Report of the Indian Hemp Drugs Commission, 1894-1895 - Volume III
Year: 1894
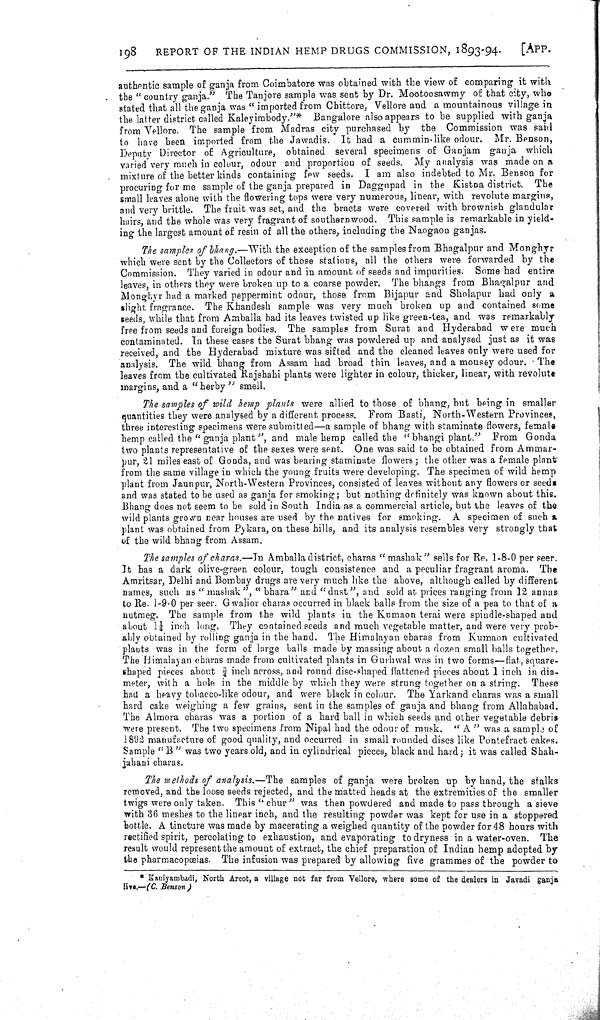
198
REPORT OF THE INDIAN HEMP DRUGS COMMISSION, 1893-94.
[APP.
authentic sample of ganja from Coimbatore was obtained with the view of comparing, it with
the " country ganja." The Tanjore sample was sent by Dr. Mootoosawmy of that city, who
stated that all the ganja was " imported from Chittore, Vellore and a mountainous village in
the latter district called Kaleyimbody."* Bangalore also appears to be supplied with ganja
from Vellore. The sample from Madras city purchased by the Commission was said
to have been imported from the Jawadis. It had a cummin-like odour. Mr. Benson,
Deputy Director of Agriculture, obtained several specimens of Ganjam ganja which
varied very much in colour, odour and proportion of seeds. My analysis was made on a
mixture of the better kinds containing few seeds. I am also indebted to Mr. Benson for
procuring for me sample of the ganja prepared in Daggupad in the Kistna district. The
small leaves alone with the flowering tops were very numerous, linear, with revolute margins,
and very brittle. The fruit was set, and the bracts were covered with brownish glandular
hairs, and the whole was very fragrant of southernwood. This sample is remarkable in yield-
ing the largest amount of resin of all the others, including the Naogaon ganjas.
The samples of bhang.-With the exception of the samples from Bhagalpur and Monghyr
which were sent by the Collectors of those stations, all the others were forwarded by the
Commission. They varied in odour and in amount of seeds and impurities. Some had entire
leaves, in others they were broken up to a coarse powder. The bhangs from Bhagalpur and
Monghyr had a marked peppermint odour, those from Bijapur and Sholapur had only a
slight fragrance. The Khandesh sample was very much broken up and contained some
seeds, while that from Amballa had its leaves twisted up like green-tea, and was remarkably
free from seeds and foreign bodies. The samples from Surat and Hyderabad were much
contaminated. In these cases the Surat bhang was powdered up and analysed just as it was
received, and the Hyderabad mixture was sifted and the cleaned leaves only were used for
analysis. The wild bhang from Assam had broad thin leaves, and a mousey odour. The
leaves from the cultivated Rajshahi plants were lighter in colour, thicker, linear, with revolute
margins, and a "herby" smell.
The samples of wild hemp plants were allied to those of bhang, but being in smaller
quantities they were analysed by a different process. From Basti, North-Western Provinces,
three interesting specimens were submitted-a sample of bhang with staminate flowers, female
hemp called the " ganja plant", and male hemp called the "bhangi plant." From Gonda
two plants representative of the sexes were sent. One was said to be obtained from Ammar-
pur, 21 miles east of Gonda, and was bearing staminate flowers; the other was a female plant
from the same village in which the young fruits were developing. The specimen of wild hemp
plant from Jaunpur, North-Western Provinces, consisted of leaves without any flowers or seeds
and was stated to be used as ganja for smoking; but nothing definitely was known about this.
Bhang does not seem to be sold in South India as a commercial article, but the leaves of the
wild plants grown near houses are used by the natives for smoking. A specimen of such a
plant was obtained from Pykara, on these hills, and its analysis resembles very strongly that
of the wild bhang from Assam.
The samples of charas.-In Amballa district, charas "mashak" sells for Re. 1-8-0 per seer.
It has a dark olive-green colour, tough consistence and a peculiar fragrant aroma. The
Amritsar, Delhi and Bombay drugs are very much like the above, although called by different
names, such as "mashak", "bhara" and "dust", and sold at prices ranging from 12 annas
to Re. 1-9-0 per seer. Gwalior charas occurred in black balls from the size of a pea to that of a
nutmeg. The sample from the wild plants in the Kumaon terai were spindle-shaped and
about 11/4 inch long. They contained seeds and much vegetable matter, and were very prob-
ably obtained by rolling ganja in the hand. The Himalayan charas from Kumaon cultivated
plants was in the form of large balls made by massing about a dozen small balls together.
The Himalayan charas made from cultivated plants in Gurhwal was in two forms-flat, square-
shaped pieces about 3/4 inch across, and round disc-shaped flattened pieces about 1 inch in dia-
meter, with a hole in the middle by which they were strung together on a string. These
had a heavy tobacco-like odour, and were black in colour. The Yarkand charas was a small
hard cake weighing a few grains, sent in the samples of ganja and bhang from Allahabad.
The Almora charas was a portion of a hard ball in which seeds and other vegetable debris
were present. The two specimens from Nipal had the odour of musk. " A " was a sample of
1892 manufacture of good quality, and occurred in small rounded discs like Pontefract cakes.
Sample "B" was two years old, and in cylindrical pieces, black and hard; it was called Shah-
jahani charas.
The methods of analysis.—The samples of ganja were broken up by hand, the stalks
removed, and the loose seeds rejected, and the matted heads at the extremities of the smaller
twigs were only taken. This "chur" was then powdered and made to pass through a sieve
with 36 meshes to the linear inch, and the resulting powder was kept for use in a stoppered
bottle. A tincture was made by macerating a weighed quantity of the powder for 48 hours with
rectified spirit, percolating to exhaustion, and evaporating to dryness in a water-oven. The
result would represent the amount of extract, the chief preparation of Indian hemp adopted by
the pharmacopoeias. The infusion was prepared by allowing five grammes of the powder to
* Kaniyambadi, North Arcot, a village not far from Vellore, where some of the dealers in Javadi ganja
live.—(C. Benson)